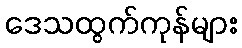
ဒေသထွက်ကုန်များ